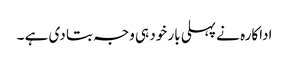
اداکارہ نے پہلی بار خود ہی وجہ بتا دی ہے ۔